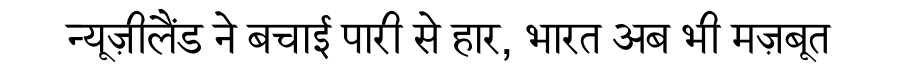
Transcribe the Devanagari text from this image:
न्यूज़ीलैंड ने बचाई पारी से हार, भारत अब भी मज़बूत